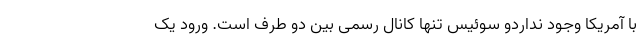
با آمریکا وجود نداردو سوئیس تنها کانال رسمی بین دو طرف است. ورود یک